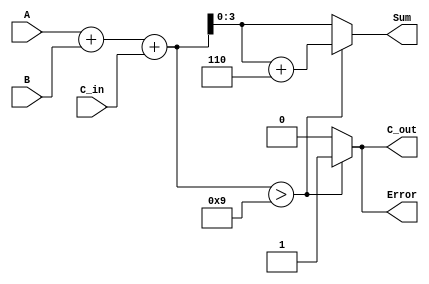
module bcd_redundant_binary_adder (
    input [3:0] A,      // First BCD digit
    input [3:0] B,      // Second BCD digit
    input C_in,         // Carry input
    output reg [3:0] Sum, // Resulting BCD digit
    output reg C_out,    // Carry output
    output reg Error     // Error flag indicating invalid BCD range
);

    wire [4:0] intermediate_sum; // To hold the sum result with carry
    wire [4:0] corrected_sum;     // Sum after BCD correction

    // Step 1: Initial Addition
    assign intermediate_sum = A + B + C_in; // Add A, B and C_in

    // Step 2: BCD Correction Logic
    always @(*) begin
        if (intermediate_sum > 9) begin
            Sum = intermediate_sum + 5'b00110; // Add 6 to correct the BCD
            C_out = 1; // Carry out occurs if correction is needed
            Error = 1; // Mark as error due to invalid BCD
        end else begin
            Sum = intermediate_sum[3:0]; // Keep the lower 4 bits
            C_out = 0; // No carry out needed
            Error = 0; // Valid BCD
        end
    end

endmodule